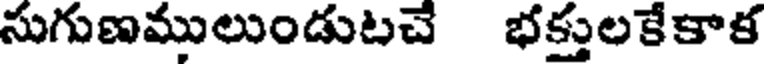
సుగుణములుండుటచే భక్తులకేకాక